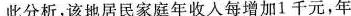
此分析，该地居民家庭年收人每增加1千元，年